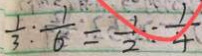
\frac { 1 } { 3 } : \frac { 1 } { 6 } = \frac { 1 } { 2 } \cdot \frac { 1 } { 4 }